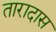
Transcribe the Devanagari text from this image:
तारादास